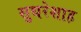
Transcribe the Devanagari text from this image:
सुथरेशाह